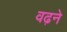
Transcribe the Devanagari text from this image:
वढ़ने